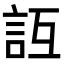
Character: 𧥮